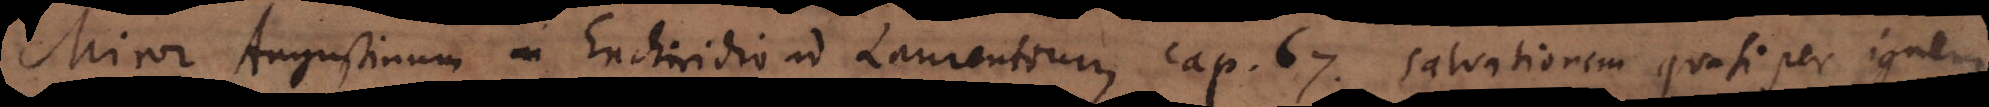
Miror Augustinum in Enchiridio ad Laurentium cap. 67. salvationem quasi per ignem